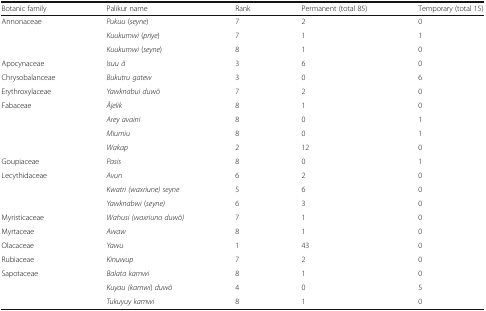
<table><thead><tr><td><b>Botanic family</b></td><td><b>Palikur name</b></td><td><b>Rank</b></td><td><b>Permanent (total 85)</b></td><td><b>Temporary (total 15)</b></td></tr></thead><tbody><tr><td rowspan="3">Annonaceae</td><td><i>Pukuu</i> (<i>seyne</i>)</td><td>7</td><td>2</td><td>0</td></tr><tr><td><i>Kuukumwi</i> (<i>priye</i>)</td><td>7</td><td>1</td><td>1</td></tr><tr><td><i>Kuukumwi</i> (<i>seyne</i>)</td><td>8</td><td>1</td><td>0</td></tr><tr><td>Apocynaceae</td><td><i>Isuu ã</i></td><td>3</td><td>6</td><td>0</td></tr><tr><td>Chrysobalanceae</td><td><i>Bukutru gatew</i></td><td>3</td><td>0</td><td>6</td></tr><tr><td>Erythroxylaceae</td><td><i>Yawknabui duwõ</i></td><td>7</td><td>2</td><td>0</td></tr><tr><td rowspan="4">Fabaceae</td><td><i>Ãjelik</i></td><td>8</td><td>1</td><td>0</td></tr><tr><td><i>Arey avaini</i></td><td>8</td><td>0</td><td>1</td></tr><tr><td><i>Miumiu</i></td><td>8</td><td>0</td><td>1</td></tr><tr><td><i>Wakap</i></td><td>2</td><td>12</td><td>0</td></tr><tr><td>Goupiaceae</td><td><i>Pasis</i></td><td>8</td><td>0</td><td>1</td></tr><tr><td rowspan="3">Lecythidaceae</td><td><i>Avun</i></td><td>6</td><td>2</td><td>0</td></tr><tr><td><i>Kwatri (waxriune) seyne</i></td><td>5</td><td>6</td><td>0</td></tr><tr><td><i>Yawknabwi</i> (<i>seyne)</i></td><td>6</td><td>3</td><td>0</td></tr><tr><td>Myristicaceae</td><td><i>Wahusi (waxriuno duwõ)</i></td><td>7</td><td>1</td><td>0</td></tr><tr><td>Myrtaceae</td><td><i>Awaw</i></td><td>8</td><td>1</td><td>0</td></tr><tr><td>Olacaceae</td><td><i>Yawu</i></td><td>1</td><td>43</td><td>0</td></tr><tr><td>Rubiaceae</td><td><i>Kinuwup</i></td><td>7</td><td>2</td><td>0</td></tr><tr><td rowspan="3">Sapotaceae</td><td><i>Balata kamwi</i></td><td>8</td><td>1</td><td>0</td></tr><tr><td><i>Kuyau (kamwi</i>) <i>duwõ</i></td><td>4</td><td>0</td><td>5</td></tr><tr><td><i>Tukuyuy kamwi</i></td><td>8</td><td>1</td><td>0</td></tr></tbody></table>